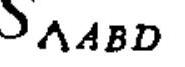
$S_{\triangle ABD}$